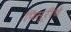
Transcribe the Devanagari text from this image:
पिसूरीचे